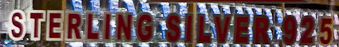
STERLING SILVER 925